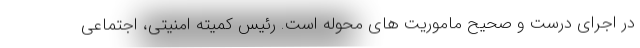
در اجرای درست و صحیح ماموریت های محوله است. رئیس کمیته امنیتی، اجتماعی